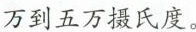
万到五万摄氏度。